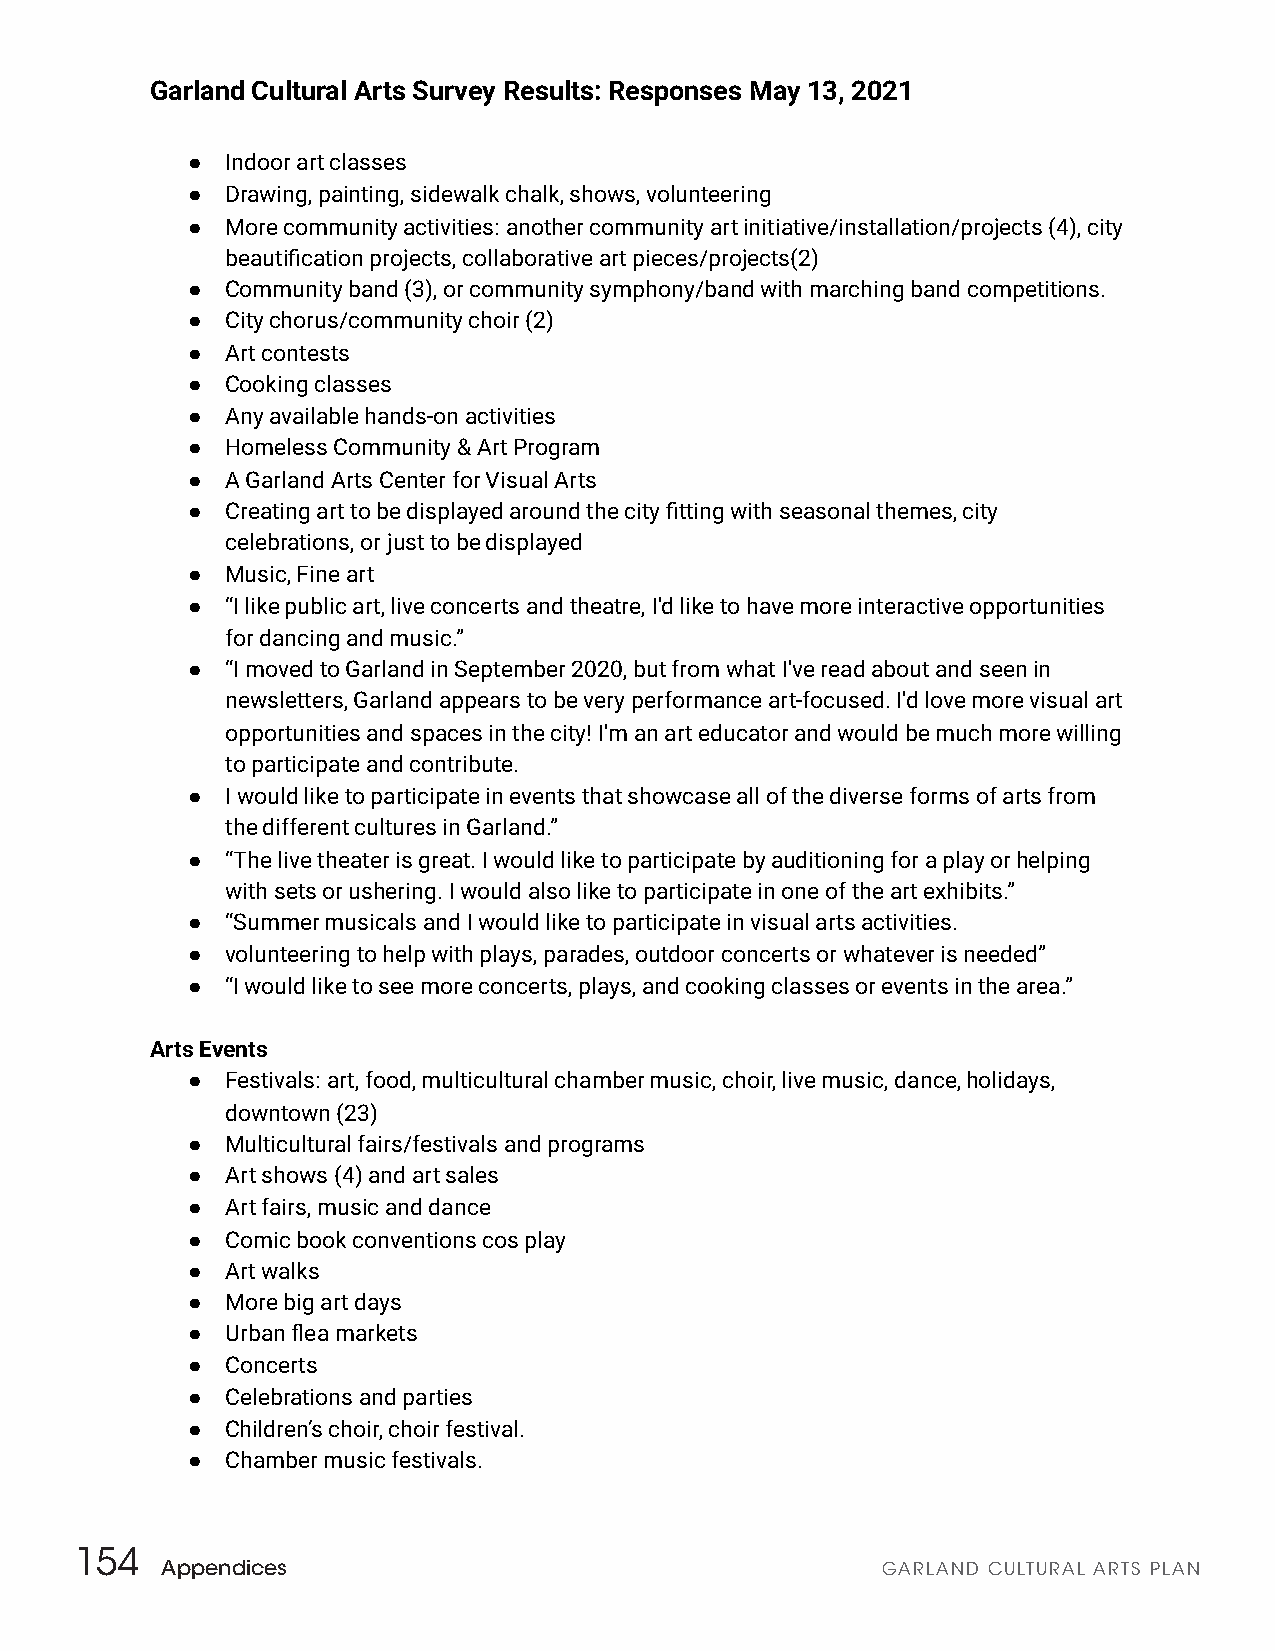
Garland Cultural Arts Survey Results: Responses May 13, 2021
 ●  Indoor art classes
 ●  Drawing, painting, sidewalk chalk, shows, volunteering
 ●  More community activities: another community art initiative/installation/projects (4), city
 beautification projects, collaborative art pieces/projects(2)
 ●  Community band (3), or community symphony/band with marching band competitions.
 ●  City chorus/community choir (2)
 ●  Art contests
 ●  Cooking classes
 ●  Any a vailable hands-on activities
 ●  Homeless Community & Art Program
 ●  A Garland Arts Center for Visual Arts
 ●  Creating art to be displayed around the city fi tting with seasonal themes, city
 celebrations, or just to be displayed
 ●  Music, Fine art
 ●  “I like public art, live concerts and theatre, I'd like to have more interactive opportunities
 for dancing and music.”
 ●  “I moved to Garland in September 2020, but from what I've read about and seen in
 newsletters, Garland appears to be very performance art-focused. I 'd love more visual art
 opportunities and spaces in the city! I'm an art educator and would be much more willing
 to participate and contribute.
 ●  I would like to participate in events that showcase all of the diverse forms of arts from
 the different cultures in Garland.”
 ●  “The live theater is great. I would like to participate by auditioning for a play or helping
 with sets or ushering. I would also like to participate in one of the art exhibits.”
 ●  “Summer musicals and I would like to participate in visual arts activities.
 ●  volunteering to help with plays, parades, outdoor concerts or whatever is needed”
 ●  “I would like to see more concerts, plays, and cooking classes or events in the area.”
 Arts Events
 ●  Festivals: art, food, multicultural chamber music, choir, live music, dance, holidays,
 downtown (23)
 ●  Multicultural fairs/festivals and programs
 ●  Art shows (4) and art sales
 ●  Art fairs, music and dance
 ●  Comic book conventions cos play
 ●  Art walks
 ●  More big art days
 ●  Urban flea markets
 ●  Concerts
 ●  Celebrations and parties
 ●  Children’s choir, choir festival.
 ●  Chamber music festivals.
 154
 Appendices                                     GARLAND CULTURAL ARTS PLAN